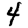
Digit: 4